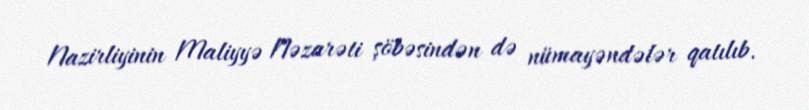
Nazirliyinin Maliyyə Nəzarəti şöbəsindən də nümayəndələr qatılıb.